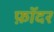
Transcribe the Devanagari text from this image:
फ़ॉदर